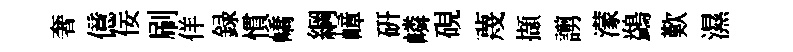
奢億佞刷佯録慣嶠綱嶂硏嶙硯蔑擷謭濛鷁歎濕